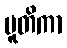
ပူတိကာ